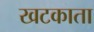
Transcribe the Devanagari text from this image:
खटकाता